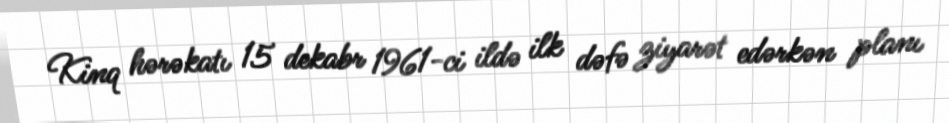
Kinq hərəkatı 15 dekabr 1961-ci ildə ilk dəfə ziyarət edərkən planı